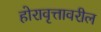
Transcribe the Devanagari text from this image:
होरावृत्तावरील